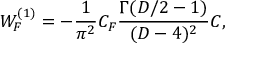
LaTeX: { \cal W } _ { F } ^ { ( 1 ) } = - \frac { 1 } { { \pi } ^ { 2 } } C _ { F } { \frac { \Gamma ( D / 2 - 1 ) } { ( D - 4 ) ^ { 2 } } } { \cal C } ,